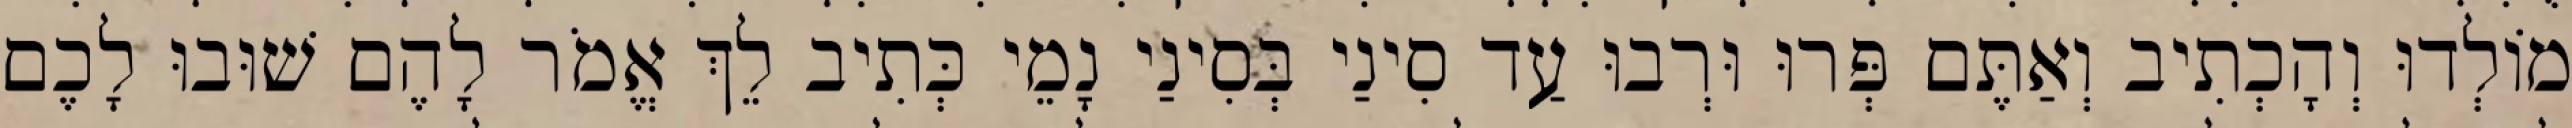
מוֹלְדוּ וְהָכְתִיב וְאַתֶּם פְּרוּ וּרְבוּ עַד סִינַי בְּסִינַי נָמֵי כְּתִיב לֵךְ אֱמֹר לָהֶם שׁוּבוּ לָכֶם